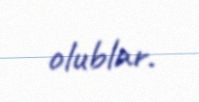
olublar.